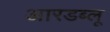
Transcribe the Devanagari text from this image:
आरडब्लू